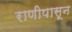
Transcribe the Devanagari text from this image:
राणीपासून